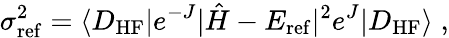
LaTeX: \sigma_{\mathrm{ref}}^{2}=\langle D_{\mathrm{HF}}|e^{-J}|\hat{H}-E_{\mathrm{ref}}|^{2}e^{J}|D_{\mathrm{HF}}\rangle\; ,